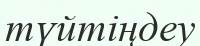
түйтіңдеу